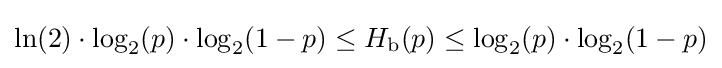
\ln(2)\cdot \log _{2}(p)\cdot \log _{2}(1-p)\leq H_{\text{b}}(p)\leq \log _{2}(p)\cdot \log _{2}(1-p)